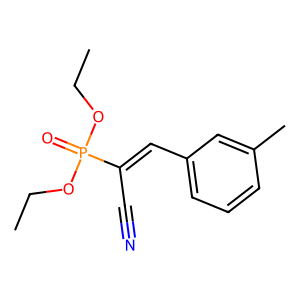
SMILES: CCOP(=O)(OCC)C(C#N)=Cc1cccc(C)c1
Inhibits HIV replication: No